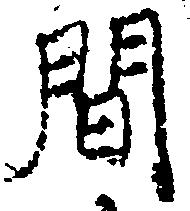
間